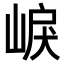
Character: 𡸒